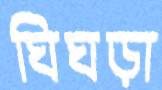
ঘিঘড়া